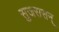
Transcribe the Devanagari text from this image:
सुजससन्